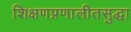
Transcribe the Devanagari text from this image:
शिक्षणप्रणालीतसुद्धा